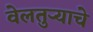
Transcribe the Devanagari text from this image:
वेलतुऱ्याचे